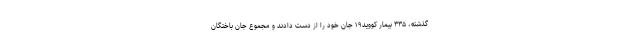
گذشته، ۳۳۵ بیمار کووید۱۹ جان خود را از دست دادند و مجموع جان باختگان